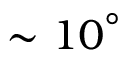
\sim { 1 0 } ^ { \circ }